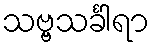
သဗ္ဗသင်္ခါရာ